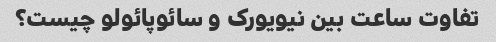
تفاوت ساعت بین نیویورک و سائوپائولو چیست؟